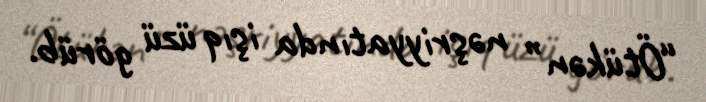
“Ötükən” nəşriyyatında işıq üzü görüb.